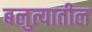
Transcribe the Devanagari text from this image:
बलुत्यातील